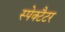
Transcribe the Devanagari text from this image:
स्पेक्टैटर